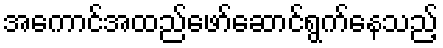
အကောင်အထည်ဖော်ဆောင်ရွက်နေသည့်